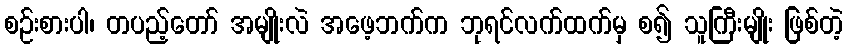
စဉ်းစားပါ၊ တပည့်တော် အမျိုးလဲ အဖေ့ဘက်က ဘုရင်လက်ထက်မှ စ၍ သူကြီးမျိုး ဖြစ်တဲ့